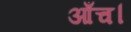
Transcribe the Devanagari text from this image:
आँच।